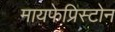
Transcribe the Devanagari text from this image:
मायफेप्रिस्टोन